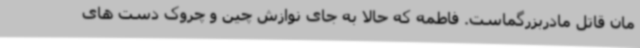
مان قاتل مادربزرگماست. فاطمه که حالا به جای نوازش چین و چروک دست های